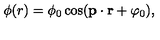
\phi ( r ) = \phi _ { 0 } \cos ( { \bf p } \cdot { \bf r } + \varphi _ { 0 } ) ,